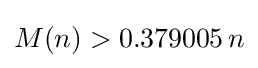
M(n)>0.379005{\,}n